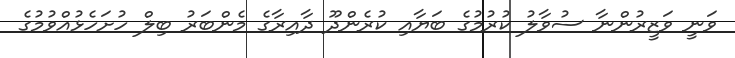
ވަނީ ވަޒީރުންނާ ސުވާލު ކުރުމުގެ ބަޔާއި ކުރެންދޫ ދާއިރާގެ މެންބަރު ބިލް ހުށަހެޅުއްވުމުގެ